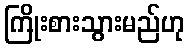
ကြိုးစားသွားမည်ဟု